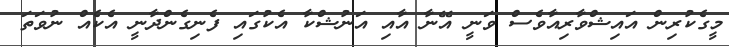
މީގެކުރިން އައިޝްވާރިއާވެސް ވަނީ އޭނާ އާއި އަނުޝްކާ އެކުގައި ފެނިގެންދާނީ އެކެއް ނުވަތަ